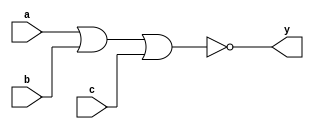
module tri_nor3(
   y,
   a,
   b,
   c
);
   parameter                      WIDTH = 1;
   parameter                      BTR = "NOR3_X2M_NONE";  //Specify full BTR name, else let tool select
   output [0:WIDTH-1]  y;
   input [0:WIDTH-1]   a;
   input [0:WIDTH-1]   b;
   input [0:WIDTH-1]   c;

   // tri_nor3
   genvar 	       i;

   generate
	   for (i = 0; i < WIDTH; i = i + 1) begin : w
	      nor I0(y[i], a[i], b[i], c[i]);
	   end
   endgenerate
endmodule